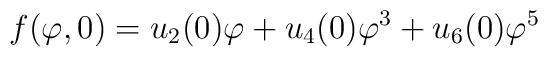
f(\varphi ,0)=u_{2}(0)\varphi +u_{4}(0)\varphi ^{3}+u_{6}(0)\varphi ^{5}